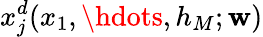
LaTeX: x_{j}^{d}(x_{1},\hdots,h_{M};\mathbf{w})